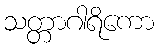
သတ္တာဂါရိကော